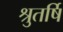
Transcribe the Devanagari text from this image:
श्रुतर्षि